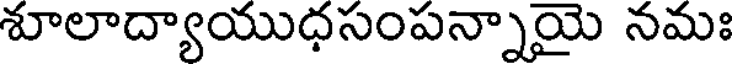
శూలాద్యాయుధసంపన్నాయై నమః